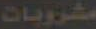
مشروبات